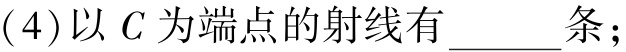
(4)以 \(C\) 为端点的射线有 \(\underline{\qquad}\) 条；